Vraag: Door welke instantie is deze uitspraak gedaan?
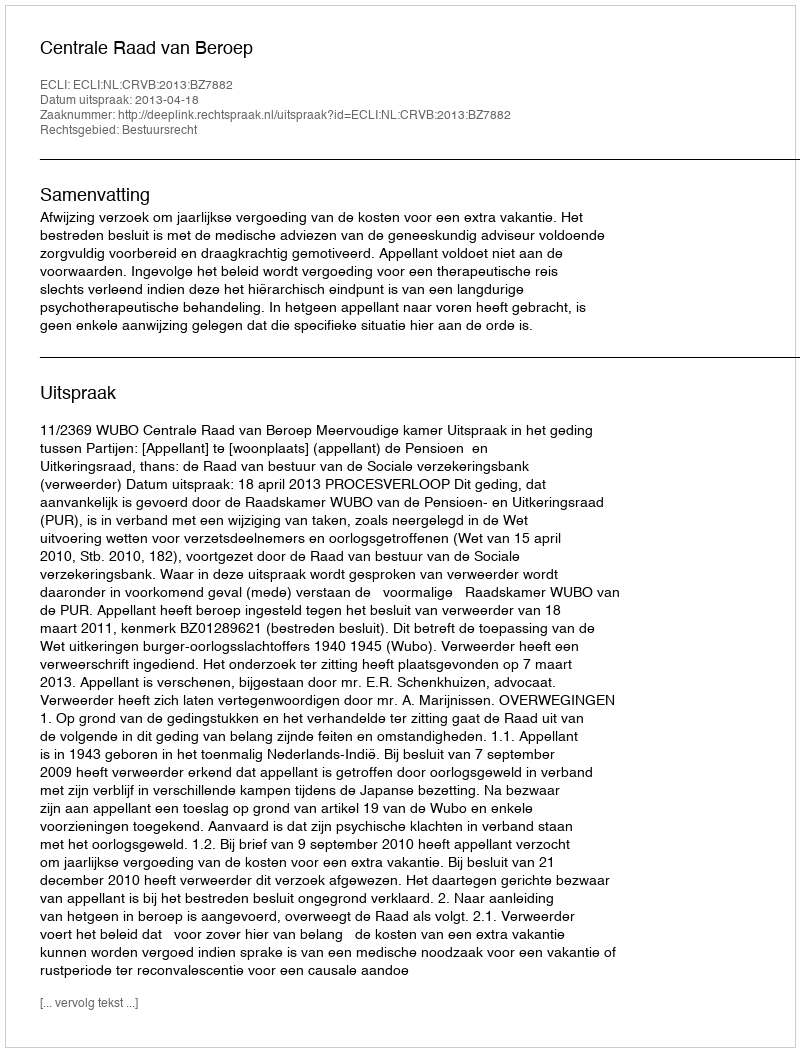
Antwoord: Centrale Raad van Beroep